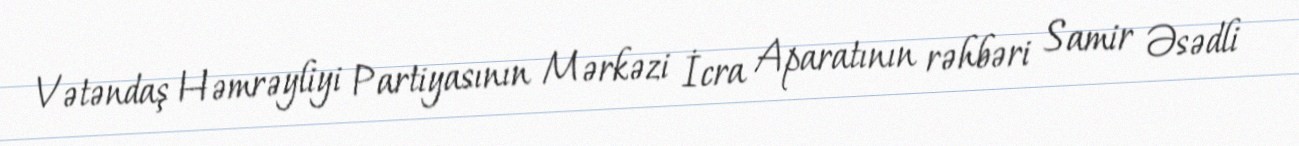
Vətəndaş Həmrəyliyi Partiyasının Mərkəzi İcra Aparatının rəhbəri Samir Əsədli